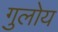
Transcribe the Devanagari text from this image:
गुलोय